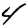
Digit: 4